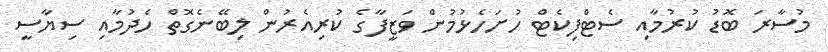
މުސާރަ ބޮޑު ކުރުމާއި ސެޓްފިކެޓް ހުށަހެޅުމުން ވަޒީފާގެ ކުރިއެރުން ލިބޭނެގޮތް ހެދުމާއި ސިޔާސީ